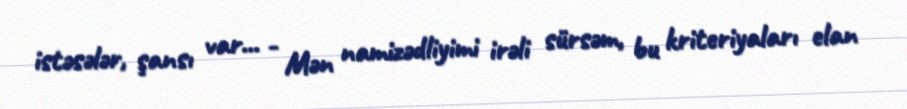
istəsələr, şansı var... - Mən namizədliyimi irəli sürsəm, bu kriteriyaları elan